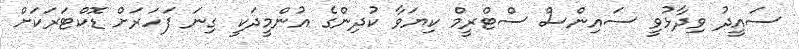
ސައީދު ވިދާޅުވީ ސައިންސް ސްޓްރީމް ކިޔަވާ ކުދިންގެ އުންމީދަކީ ގިނަ ފަހަރަށް ޑޮކްޓަރަކަށް